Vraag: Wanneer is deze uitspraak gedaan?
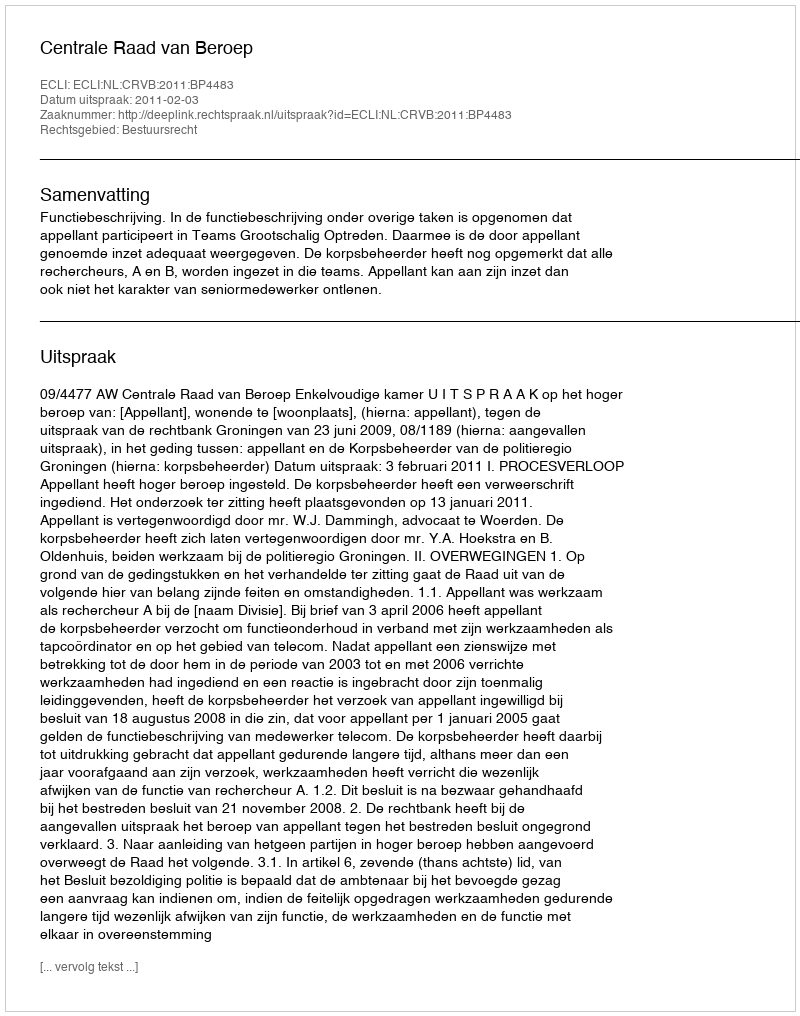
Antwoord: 2011-02-03